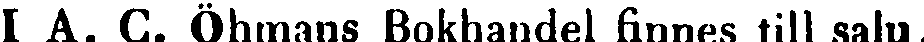
I A. C. Öhmans Bokhandel finnes till salu.